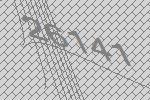
26141